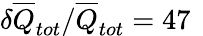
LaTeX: \delta\overline{{Q}}_{tot}/\overline{{Q}}_{tot}=47\, \